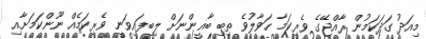
މިއަދު ގަދަކަމުން ރާއްޖޭގެ ވެރިކަމާ ހަވާލުވެ ތިބި ބާޣީންނަށް ލިބިފައިވަނީ ވެރިކަމެއް ނޫންކަމަށާއި